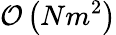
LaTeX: \mathcal{O}\left(Nm^{2}\right)